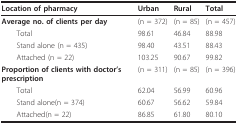
<table><thead><tr><td><b>Location of pharmacy</b></td><td><b>Urban</b></td><td><b>Rural</b></td><td><b>Total</b></td></tr></thead><tbody><tr><td><b>Average no. of clients per day</b></td><td>(n = 372)</td><td>(n = 85)</td><td>(n = 457)</td></tr><tr><td> Total</td><td>98.61</td><td>46.84</td><td>88.98</td></tr><tr><td> Stand alone (n = 435)</td><td>98.40</td><td>43.51</td><td>88.43</td></tr><tr><td> Attached (n = 22)</td><td>103.25</td><td>90.67</td><td>99.82</td></tr><tr><td><b>Proportion of clients with doctor&#x27;s prescription</b></td><td>(n = 311)</td><td>(n = 85)</td><td>(n = 396)</td></tr><tr><td> Total</td><td>62.04</td><td>56.99</td><td>60.96</td></tr><tr><td> Stand alone(n = 374)</td><td>60.67</td><td>56.62</td><td>59.84</td></tr><tr><td> Attached(n = 22)</td><td>86.85</td><td>61.80</td><td>80.10</td></tr></tbody></table>